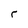
Character: r